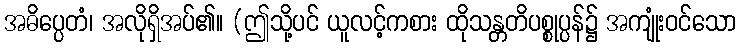
အဓိပ္ပေတံ၊ အလိုရှိအပ်၏။ (ဤသို့ပင် ယူလင့်ကစား ထိုသန္တတိပစ္စုပ္ပန်၌ အကျုံးဝင်သော